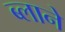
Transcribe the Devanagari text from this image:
ब्लाने